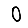
Digit: 0